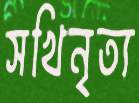
সখিনৃত্য